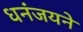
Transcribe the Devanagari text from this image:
धनंजयने